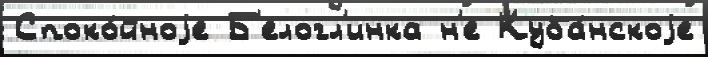
Споко́йноjе Б'елогл'инка н'е Куба́нскоjе